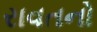
રાવતનો